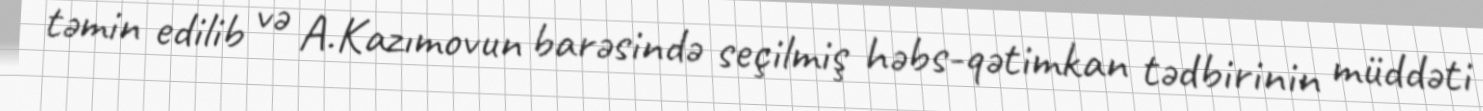
təmin edilib və A.Kazımovun barəsində seçilmiş həbs-qətimkan tədbirinin müddəti